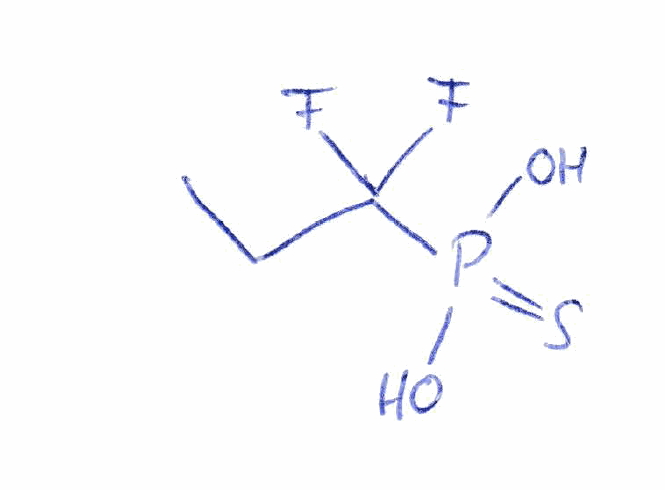
Simplified molecular-input line-entry system (SMILES) notation of the given molecule:
CCC(F)(F)P(=S)(O)O